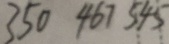
3 5 0 4 6 7 5 4 5